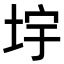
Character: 㘾